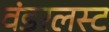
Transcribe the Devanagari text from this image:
वंडरलस्ट